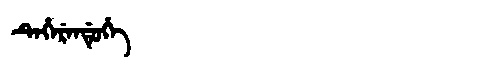
Manchu: ᡨᡝᡥᡝᡵᡝᠨᡩᡠᡥᡝ
Romanization: TEHERENDUHE